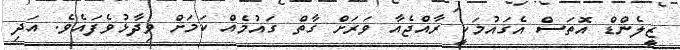
ޒީލެންޑް އޮތަސް އެގައުމަކީ ރާއްޖެއާ ވަރަށް ގާތް ގައުމެއް ކަމަށް ވިދާޅުވެފައެވެ. އަދި